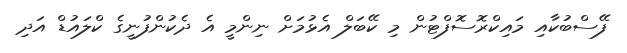
ފޭސްބުކާއި މައިކްރޮސޮފްޓުން މި ކޭބަލް އެޅުމަށް ނިންމީ އެ ދެކުންފުނީގެ ކްލައުޑް އަދި